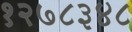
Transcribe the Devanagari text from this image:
१२७८३४८